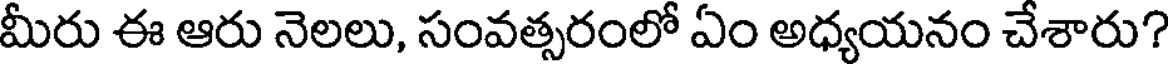
మీరు ఈ ఆరు నెలలు, సంవత్సరంలో ఏం అధ్యయనం చేశారు?